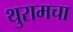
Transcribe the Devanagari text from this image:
थुरामचा